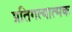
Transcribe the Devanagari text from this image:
प्रतिगत्यात्मक